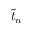
\tilde { t } _ { n }